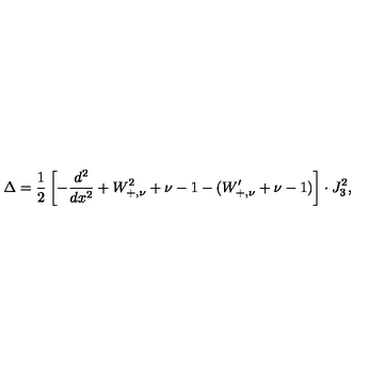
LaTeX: \Delta = \frac { 1 } { 2 } \left[ - \frac { d ^ { 2 } } { d x ^ { 2 } } + W _ { + , \nu } ^ { 2 } + \nu - 1 - ( W _ { + , \nu } ^ { \prime } + \nu - 1 ) \right] \cdot J _ { 3 } ^ { 2 } ,